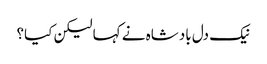
نیک دل بادشاہ نے کہا لیکن کیا؟